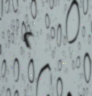
٢